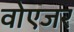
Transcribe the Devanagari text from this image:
वोएजर